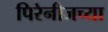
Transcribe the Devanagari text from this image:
पिरेनीजच्या